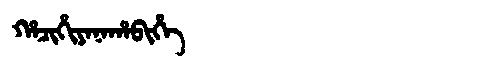
Manchu: ᡥᠠᠴᡳᡥᡳᠶᠠᠨᠠᡥᠠᠪᡳᡥᡝ
Romanization: HACIHIYANAHABIHE